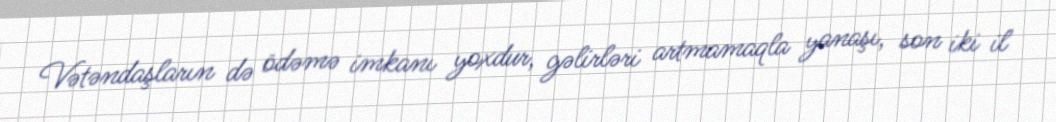
Vətəndaşların də ödəmə imkanı yoxdur, gəlirləri artmamaqla yanaşı, son iki il